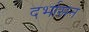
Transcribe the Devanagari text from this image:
दर्भासन